Report of the King Institute of Preventive Medicine, Guindy
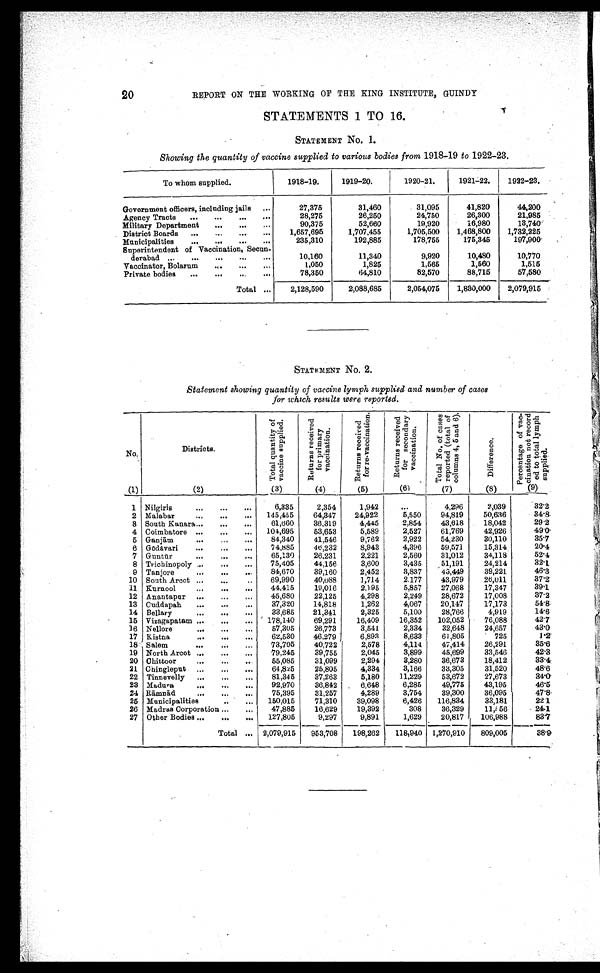
REPORT ON THE WORKING OF THE KING INSTITUTE, GUINDY
STATEMENTS 1 TO 16.
STATEMENT NO. 1.
Showing the quantity of vaccine supplied to various bodies from 1918-19 to 1922-23.
To whom supplied.
1918-19.
1919-20.
1920-21.
1921-22.
1922-23.
Government officers, including jails . . .
27,375
31,460
31,095
41,820
44,200
28,275
26,250
24,750
26,300
21,985
Agency Tracts . . .
90,375
52,660
19,920
16,980
13,740
Military Department . . .
1,657,695
1,707,455
1,705,500
1,468,800
1,732,225
District Boards . . .
Municipalities . . .
235,310
192,885
178,755
175,345
197,900
Superintendent of Vaccination, Secun -
derabad . . .
10,160
11,340
9,920
10,480
10,770
Vaccinator, Bolarum . . .
1,050
1,825
1,565
1,560
1,515
78,350
64,810
82,570
88,715
57,580
Private bodies . . .
Total . . .
2,128,590
2,088,685
2,054,075
1,830,000
2,079,915
STATEMENT NO. 2.
Statement showing quantity of vaccine lymph supplied and number of cases
for which results were reported.
No
(1)
Districts.
(2)
T o t a l q u a n t i t y o f v a c c i n e s u p p l i e d . ( 3 )
R e t u r n s r e c e i v e d f o r p r i m a r y v a c c i n a t i o n .
(4)
R e t u r n s r e c e i v e d f o r r e - v a c c i n a t i o n .
(5)
R e t u r n s r e c e i v e d f o r s e c o n d a r y v a c c i n a t i o n .
( 6)
T o t a l N o . o f c a s e s r e p o r t e d ( t o t a l o f c o l u m n s 4 , 5 a n d 6 ) .
(7)
D i f f e r e n c e .
( 8 )
P e r c e n t a g e o f v a c - c i n a t i o n n o t r e c o r d e d t o t o t a l l y m p h s u p p l i e d .
( 9)
1 Nilgiris . . .
6,335
2,354
1,942
. . .
4,296
2,039
32.2
2 Malabar . . .
145,455
64,347
24,922
5,550
94,819
50,636
34.8
3 South Kanara . . .
61,660
36,319
4,445
2,854
43,618
18,042
29.2
4 Coimbatore . . .
104,695
53,653
5,589
2,527
61,769
42,926
49.0
5 Ganjām . . .
84,340
41,546
9,762
2,922
54,230
30,110
35.7
6 Gō dāvari . . .
74,885
46,232
8,943
4,396
59,571
15,314
20.4
7 Guntū r . . .
65,130
26,231
2,221
2,560
31,012
34,118
52.4
8 Trichinopoly. . .
75,405
44,156
3,600
3,435
51,191
24,214
32.1
9 Tanjore . . .
84,670
39,160
2,452
3,837
45,449
39,221
46.3
10 South Arcot . . .
69,990
40,088
1,714
2.177
43,979
26,011
37.2
11 Kurnool . . .
44,415
19,016
2,195
5,857
27,068
17,347
39.1
12 Anantapur . . .
45,680
22,125
4,298
2,249
28,672
17,008
37.2
13 Cuddapah . . .
37,320
14,818
1,262
4,067
20,147
17,173
54.8
14 Bellary . . .
33,685
21,341
2,325
5,100
28,766
4,919
14.6
15 Vizagapatam . . .
178,140
69,291
16,409
16,352
102,052
76,088
42.7
16 Nellore . . .
57,305
26,773
3,541
2,334
32,648
24,657
43.0
17 Kistna . . .
62,530
46.279
6,893
8,633
61,805
725
1.2
18 Salem . . .
73,705
40,722
2,578
4,114
47,414
26,291
35.6
19 North Arcot . . .
79,245
39,755
2,045
3,899
45,699
33,546
42.3
20 Chittoor . . .
55,085
31,099
2,294
3,280
36,673
18,412
33.4
21 Chingleput . . .
64,825
25,805
4,334
3,166
33,305
31,520
48.6
22 Tinnevelly . . .
81,345
37,263
5,180
11,229
53,672
27,673
34.0
23 Madura . . .
92,970
36,842
6,648
6,285
49,775
43,195
46.5
24 Rāmnād . . .
75,395
31,257
4,289
3,754
39,300
36,095
47.8
25 Municipalities. . .
150,015
71,310
39,098
6,426
116,834
33,181
22.1
26 Madras Corporation . . .
47,885
16,629
19,392
308
36,329
11,556
24.1
27 Other Bodies . . .
127,805
9,297
9,891
1,629
20,817
106,988
83.7
Total
. . . 2,079,915
953,708
198,262
118,940 1,270,910
809,005
38.9
20